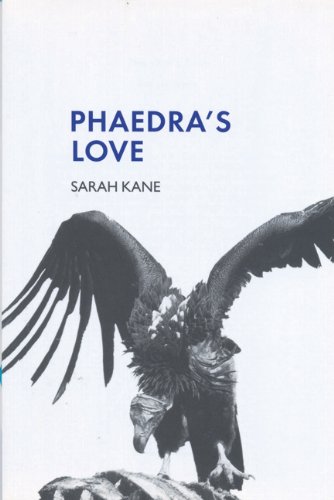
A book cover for Phaedra's Love (Modern Plays); Sarah Kane; Literature & Fiction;